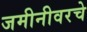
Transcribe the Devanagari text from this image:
जमीनीवरचे